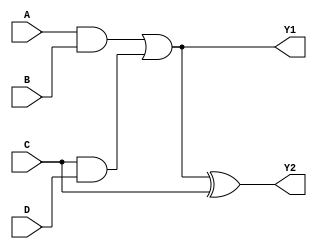
module comb_logic_block (
    input wire A,
    input wire B,
    input wire C,
    input wire D,
    output wire Y1,
    output wire Y2
);

// Intermediate signals
wire ab_and;        // Intermediate result for A AND B
wire cd_and;        // Intermediate result for C AND D
wire shared_logic;  // Shared logic path for outputs
wire mux_output;    // Output from multiplexer

// Function decomposition
assign ab_and = A & B;  // Sub-function 1
assign cd_and = C & D;  // Sub-function 2

// Common logic sharing
assign shared_logic = ab_and | cd_and;  // Shared logic pathway

// Multi-level logic implementation
assign Y1 = shared_logic;                // Output Y1 using shared logic
assign Y2 = shared_logic ^ C;            // Output Y2 uses an XOR with C for additional logic

// Multiplexer for managing overlapping inputs
assign mux_output = (A) ? (B) : (C);     // MUX to select between B or C based on A

// Example of feedback mechanism (if feedback was acceptable)
reg feedback;
always @(*) begin
    feedback = (mux_output & D); // Feedback on the mux output with D
end

endmodule